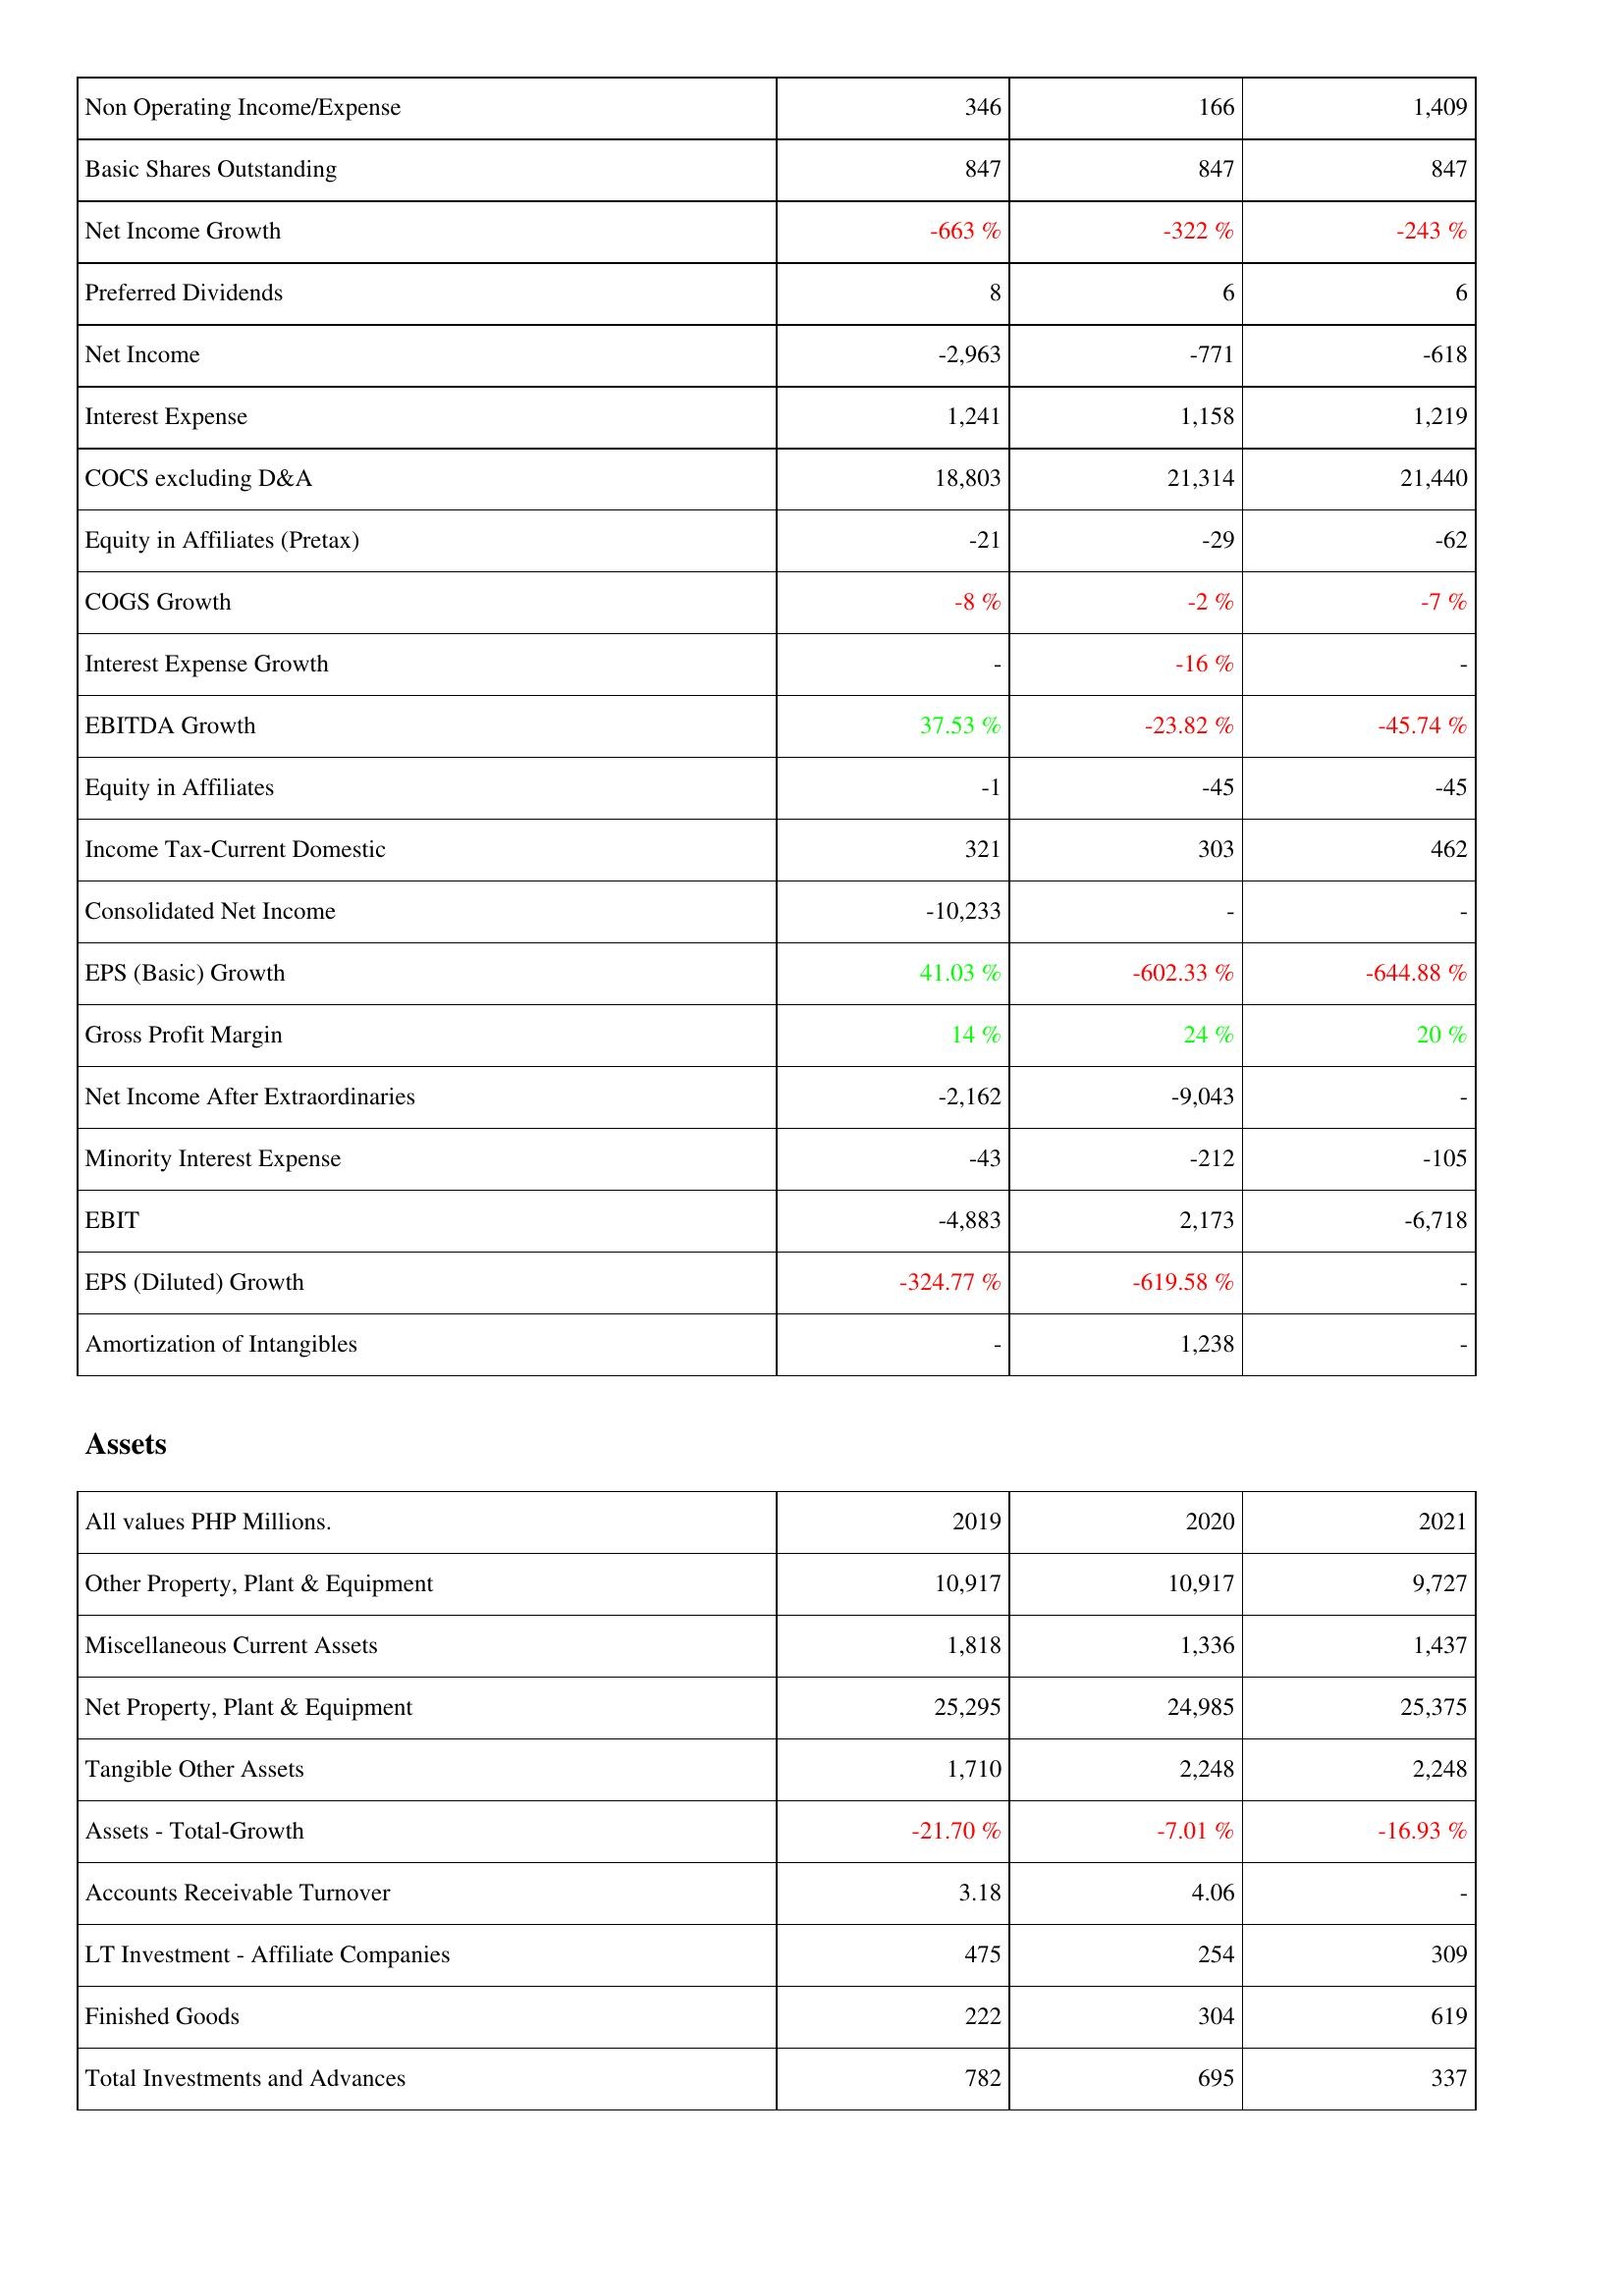
2019: Income Statement: Non Operating Income/Expense: 346
Basic Shares Outstanding: 847
Net Income Growth: -663 %
Preferred Dividends: 8
Net Income: -2,963
Interest Expense: 1,241
COCS excluding D&A: 18,803
Equity in Affiliates (Pretax): -21
COGS Growth: -8 %
Interest Expense Growth: -
EBITDA Growth: 37.53 %
Equity in Affiliates: -1
Income Tax-Current Domestic: 321
Consolidated Net Income: -10,233
EPS (Basic) Growth: 41.03 %
Gross Profit Margin: 14 %
Net Income After Extraordinaries: -2,162
Minority Interest Expense: -43
EBIT: -4,883
EPS (Diluted) Growth: -324.77 %
Amortization of Intangibles: -
Assets: Other Property, Plant & Equipment: 10,917
Miscellaneous Current Assets: 1,818
Net Property, Plant & Equipment: 25,295
Tangible Other Assets: 1,710
Assets - Total-Growth: -21.70 %
Accounts Receivable Turnover: 3.18
LT Investment - Affiliate Companies: 475
Finished Goods: 222
Total Investments and Advances: 782
2020: Income Statement: Non Operating Income/Expense: 166
Basic Shares Outstanding: 847
Net Income Growth: -322 %
Preferred Dividends: 6
Net Income: -771
Interest Expense: 1,158
COCS excluding D&A: 21,314
Equity in Affiliates (Pretax): -29
COGS Growth: -2 %
Interest Expense Growth: -16 %
EBITDA Growth: -23.82 %
Equity in Affiliates: -45
Income Tax-Current Domestic: 303
Consolidated Net Income: -
EPS (Basic) Growth: -602.33 %
Gross Profit Margin: 24 %
Net Income After Extraordinaries: -9,043
Minority Interest Expense: -212
EBIT: 2,173
EPS (Diluted) Growth: -619.58 %
Amortization of Intangibles: 1,238
Assets: Other Property, Plant & Equipment: 10,917
Miscellaneous Current Assets: 1,336
Net Property, Plant & Equipment: 24,985
Tangible Other Assets: 2,248
Assets - Total-Growth: -7.01 %
Accounts Receivable Turnover: 4.06
LT Investment - Affiliate Companies: 254
Finished Goods: 304
Total Investments and Advances: 695
2021: Income Statement: Non Operating Income/Expense: 1,409
Basic Shares Outstanding: 847
Net Income Growth: -243 %
Preferred Dividends: 6
Net Income: -618
Interest Expense: 1,219
COCS excluding D&A: 21,440
Equity in Affiliates (Pretax): -62
COGS Growth: -7 %
Interest Expense Growth: -
EBITDA Growth: -45.74 %
Equity in Affiliates: -45
Income Tax-Current Domestic: 462
Consolidated Net Income: -
EPS (Basic) Growth: -644.88 %
Gross Profit Margin: 20 %
Net Income After Extraordinaries: -
Minority Interest Expense: -105
EBIT: -6,718
EPS (Diluted) Growth: -
Amortization of Intangibles: -
Assets: Other Property, Plant & Equipment: 9,727
Miscellaneous Current Assets: 1,437
Net Property, Plant & Equipment: 25,375
Tangible Other Assets: 2,248
Assets - Total-Growth: -16.93 %
Accounts Receivable Turnover: -
LT Investment - Affiliate Companies: 309
Finished Goods: 619
Total Investments and Advances: 337